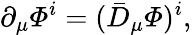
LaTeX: \partial_{\mu}{\mit\Phi}^{i}=(\bar{D}_{\mu}{\mit\Phi})^{i},